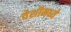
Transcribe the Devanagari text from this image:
वेशीमध्ये